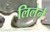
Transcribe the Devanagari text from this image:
लिलेने